Annual administration report of the Civil Veterinary Department, Ajmere-Merwara, British Rajputana - 1914-1940
Year: 1914
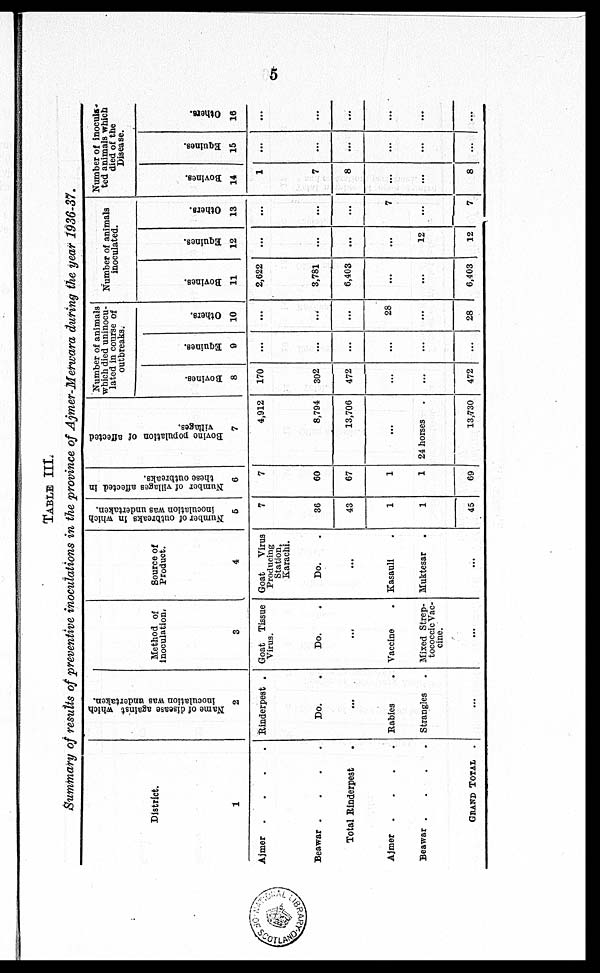
5
TABLE III.
Summary of results of preventive inoculations in the province of Ajmer-Merwara during the year 1936-37.
District.
1
Ajmer
....
Beawar
....
Total Rinderpest .
Ajmer
....
Beawar
....
GRAND TOTAL .
Name of disease against which
inoculation was undertaken.
2
Rinderpest .
Do. .
...
Rabies .
Strangles .
...
Method of
Inoculation.
3
Goat Tissue
Virus.
Do. .
...
Vaccine
.
Mixed Strep-
tococcic Vac-
cine.
...
Source of
Product.
4
Goat
Virus
Producing
Station,
Karachi.
Do. .
...
Kasauli .
Muktesar .
...
Number of outbreaks in which
inoculation was undertaken.
5
7
36
43
1
1
45
Number of villages affected in
these outbreaks.
6
7
60
67
1
1
69
Bovine
population of affected
villages.
7
4,912
8,794
13,706
...
24 horses
13,730
Number of animals
which died uninocu-
lated in course of
outbreaks.
Bovi nes .
8
170
302
472
...
...
472
Equines.
9
...
...
...
...
...
...
Others.
10
...
...
...
28
...
28
Number of animals
inoculated.
Bovi nes .
11
2,622
3,781
6,408
...
...
6,403
Equines.
12
...
...
...
...
12
12
Others.
13
...
...
...
7
...
7
Number of inoculs-
ted animals which
died of the
Disease.
Bovi nes .
14
1
7
8
...
...
8
Equi nes .
15
...
...
...
...
...
...
Ot her s .
16
...
...
...
...
...
...